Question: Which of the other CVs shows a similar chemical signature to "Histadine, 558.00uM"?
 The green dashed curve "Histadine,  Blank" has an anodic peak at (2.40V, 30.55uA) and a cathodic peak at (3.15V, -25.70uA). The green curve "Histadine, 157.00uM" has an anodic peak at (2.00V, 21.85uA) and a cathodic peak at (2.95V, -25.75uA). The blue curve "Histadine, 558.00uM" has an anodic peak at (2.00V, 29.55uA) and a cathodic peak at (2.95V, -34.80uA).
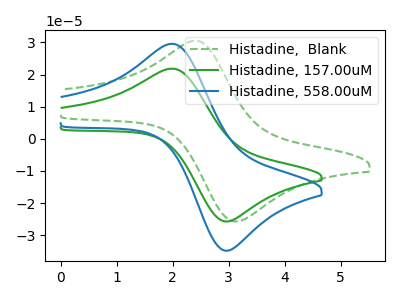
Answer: <think>"Histadine,  Blank" and "Histadine, 157.00uM" have at least one peak that do not match. "Histadine,  Blank" and "Histadine, 558.00uM" have at least one peak that do not match. All the peaks in "Histadine, 157.00uM" have a peak in "Histadine, 558.00uM" at the same potential. Every peak in "Histadine, 157.00uM" is lower than every peak in "Histadine, 558.00uM".
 </think>
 <answer>The CV with the most similar shape to "Histadine, 157.00uM" is "Histadine, 558.00uM".</answer>
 <eval>"Histadine, 558.00uM"</eval>